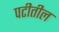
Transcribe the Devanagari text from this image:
पटीतील